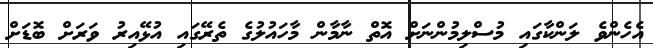
އެހެންވެ ލަންކާގައި މުސްލިމުންނަށް އޮތް ނާމާން މާހައުލުގެ ތެރޭގައި އުޅޭއިރު ވަރަށް ބޮޑަށް